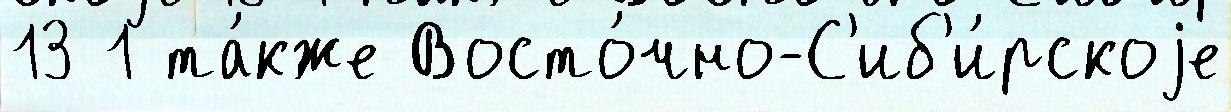
13 1 та́кже Восто́чно-С'иб'и́рскоjе